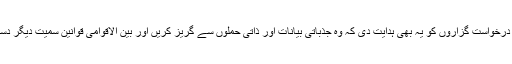
سپریم کورٹ نے حکومت اور درخواست گزاروں کو یہ بھی ہدایت دی کہ وہ جذباتی بیانات اور ذاتی حملوں سے گریز کریں اور بین الاقوامی قوانین سمیت دیگر دستاویزات عدالت میں پیش کریں۔